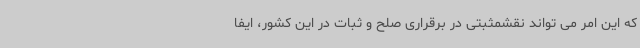
که این امر می تواند نقشمثبتی در برقراری صلح و ثبات در این کشور، ایفا